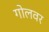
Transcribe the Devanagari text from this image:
गोलवर